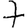
Digit: 7